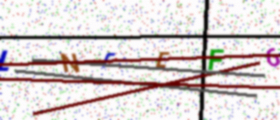
Text: LNFEF6